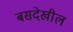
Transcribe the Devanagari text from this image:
बसदेखील